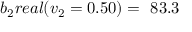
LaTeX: b _ { 2 } r e a l ( v _ { 2 } = 0 . 5 0 ) = \ 8 3 . 3